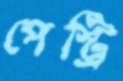
পেস্ট্রি